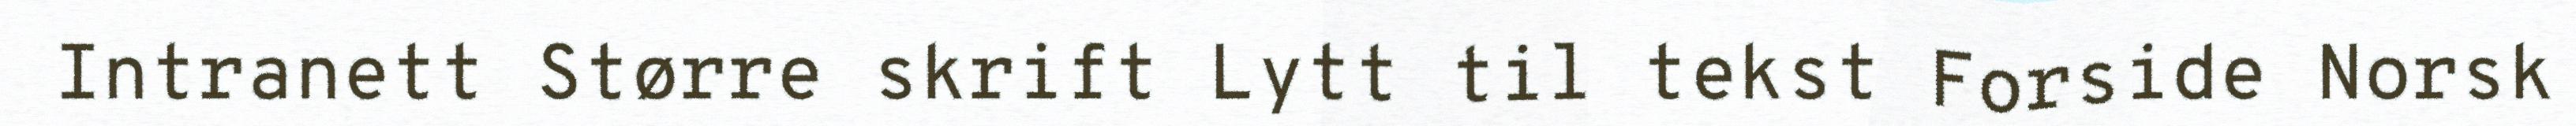
Intranett Større skrift Lytt til tekst Forside Norsk